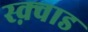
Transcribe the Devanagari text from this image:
स्क़्वाड